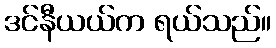
ဒင်နီယယ်က ရယ်သည်။